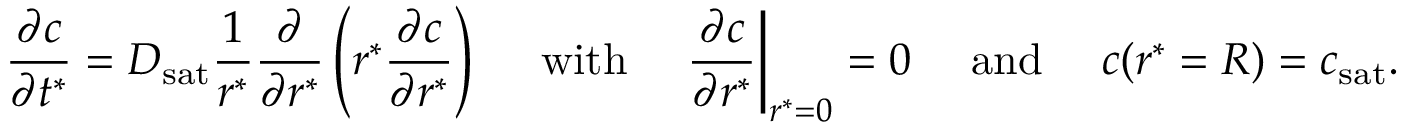
\frac { \partial c } { \partial t ^ { * } } = D _ { \mathrm { s a t } } \frac { 1 } { r ^ { * } } \frac { \partial } { \partial r ^ { * } } \left( r ^ { * } \frac { \partial c } { \partial r ^ { * } } \right) ~ ~ ~ ~ \mathrm { w i t h } ~ ~ ~ ~ \frac { \partial c } { \partial r ^ { * } } \biggr | _ { r ^ { * } = 0 } = 0 ~ ~ ~ ~ \mathrm { a n d } ~ ~ ~ ~ c ( r ^ { * } = R ) = c _ { \mathrm { s a t } } .